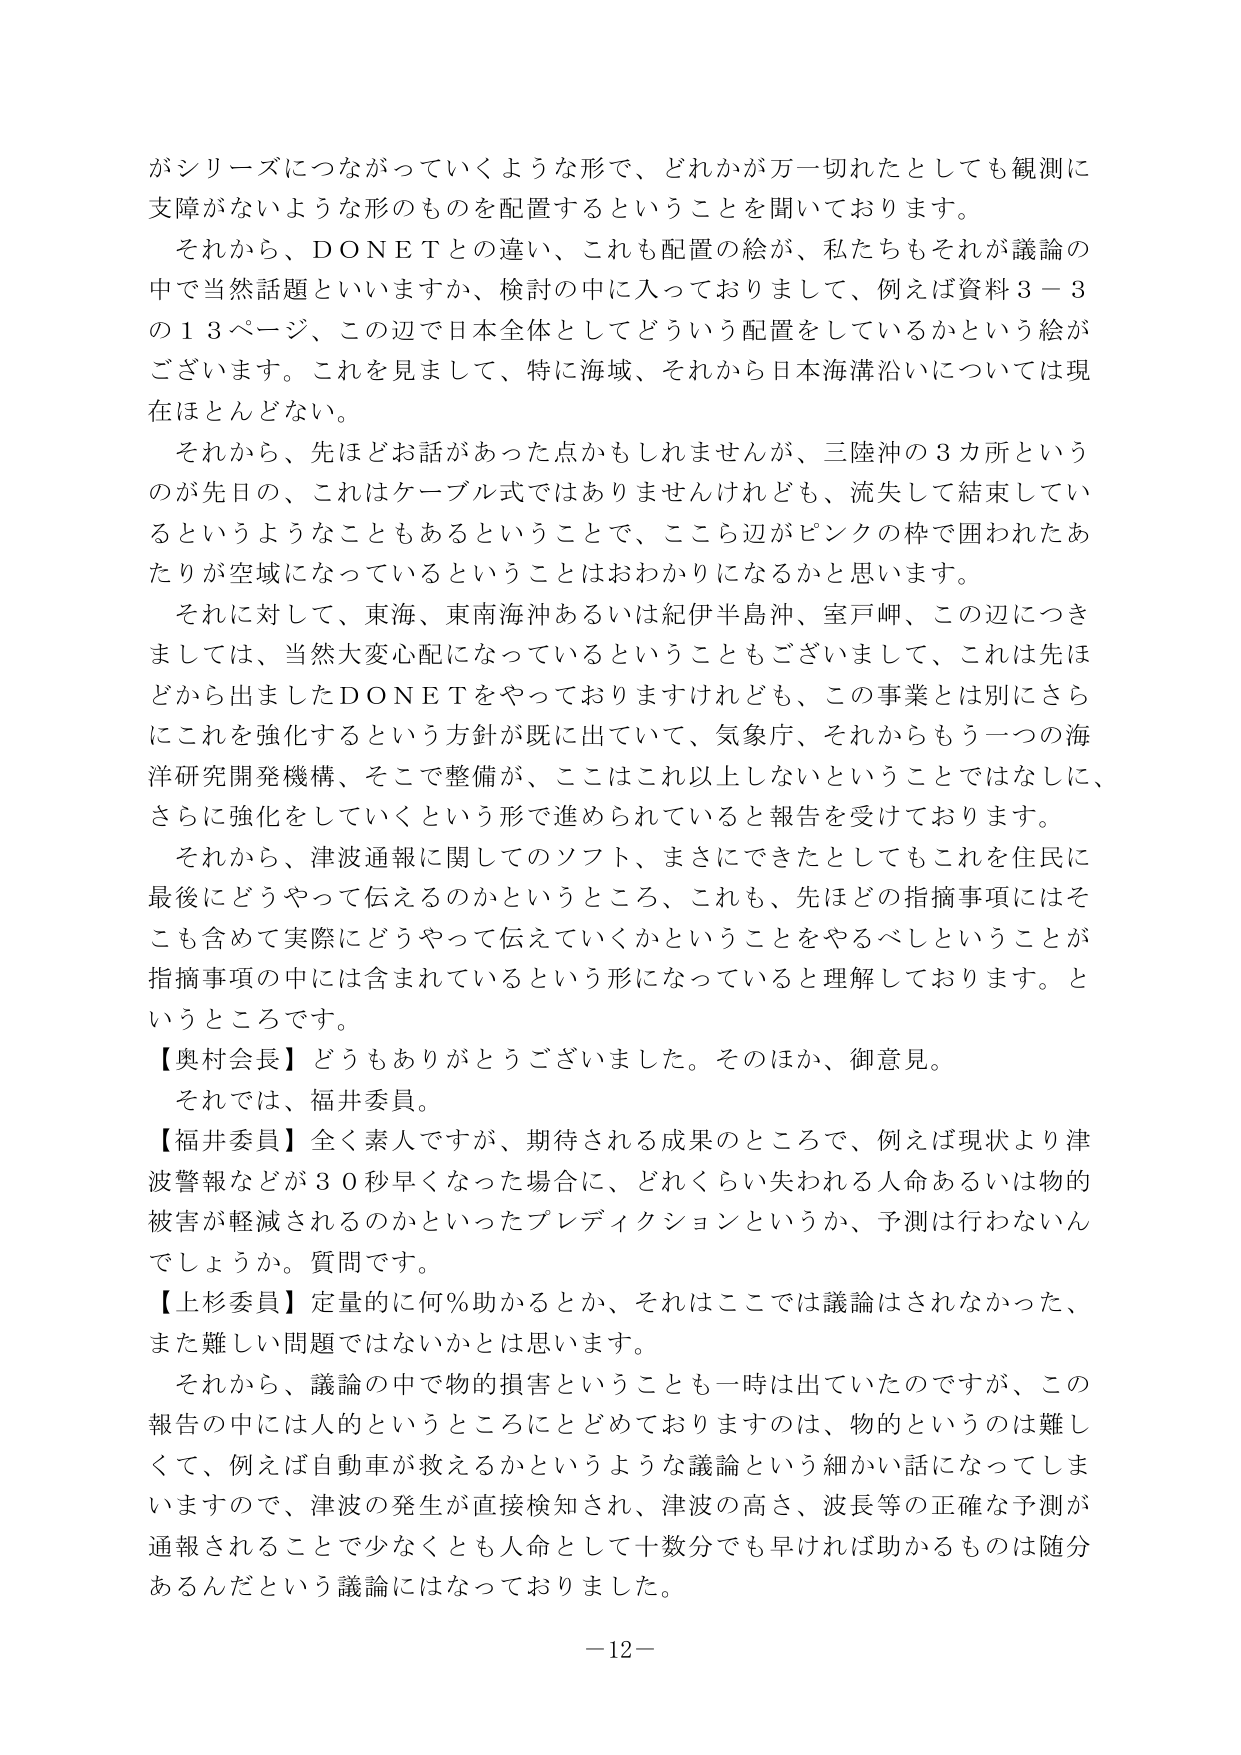
がシリーズにつながっていくような形で、どれかが万一切れたとしても観測に
支障がないような形のものを配置するということを聞いております。
それから、ＤＯＮＥＴとの違い、これも配置の絵が、私たちもそれが議論の
中で当然話題といいますか、検討の中に入っておりまして、例えば資料３－３
の１３ページ、この辺で日本全体としてどういう配置をしているかという絵が
ございます。これを見まして、特に海域、それから日本海溝沿いについては現
在ほとんどない。
それから、先ほどお話があった点かもしれませんが、三陸沖の３カ所という
のが先日の、これはケーブル式ではありませんけれども、流失して結束してい
るというようなこともあるということで、こちら辺がピンクの枠で囲われたあ
たりが空域になっているということはおわかりになるかと思います。
それに対して、東海、東南海沖あるいは紀伊半島沖、室戸岬、この辺につき
ましては、当然大変心配になっているということもございまして、これは先ほ
どから出ましたＤＯＮＥＴをやっておりますけれども、この事業とは別にさら
にこれを強化するという方針が既に出ていて、気象庁、それからもう一つの海
洋研究開発機構、そこで整備が、ここはこれ以上しないということではなくに、
さらに強化をしていくという形で進められていると報告を受けております。
それから、津波通報に関してのソフト、まさにできたとしてもこれを住民に
最後にどうやって伝えるのかというところ、これも、先ほどの指摘事項にはそ
こも含めて実際にどうやって伝えていくかということをやるべしということが
指摘事項の中には含まれているという形になっていると理解しております。と
いうところです。
【奥村会長】どうもありがとうございました。そのほか、御意見。
それでは、福井委員。
【福井委員】全く素人ですが、期待される成果のところで、例えば現状より津
波警報などが３０秒早くなった場合に、どれくらい失われる人命あるいは物的
被害が軽減されるのかといったプレディクションというか、予測は行わないん
でしょうか。質問です。
【上杉委員】定量的に何％助かるとか、それはここでは議論はされなかった、
また難しい問題ではないかとは思います。
それから、議論の中で物的損害ということも一時は出ていたのですが、この
報告の中には人的というところにとどめておりますのは、物的というのは難し
くて、例えば自動車が救えるかというような議論という細かい話になってしま
いますので、津波の発生が直接検知され、津波の高さ、波長等の正確な予測が
通報されることで少なくとも人命として十数分でも早ければ助かるものは随分
あるんだという議論にはなっております。
－12－